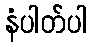
နံပါတ်ပါ